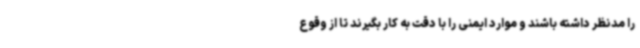
را مدنظر داشته باشند و موارد ایمنی را با دقت به کار بگیرند تا از وقوع